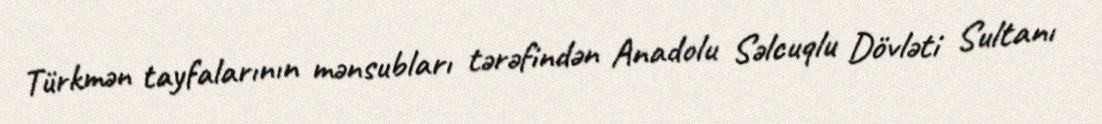
Türkmən tayfalarının mənsubları tərəfindən Anadolu Səlcuqlu Dövləti Sultanı